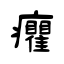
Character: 癯